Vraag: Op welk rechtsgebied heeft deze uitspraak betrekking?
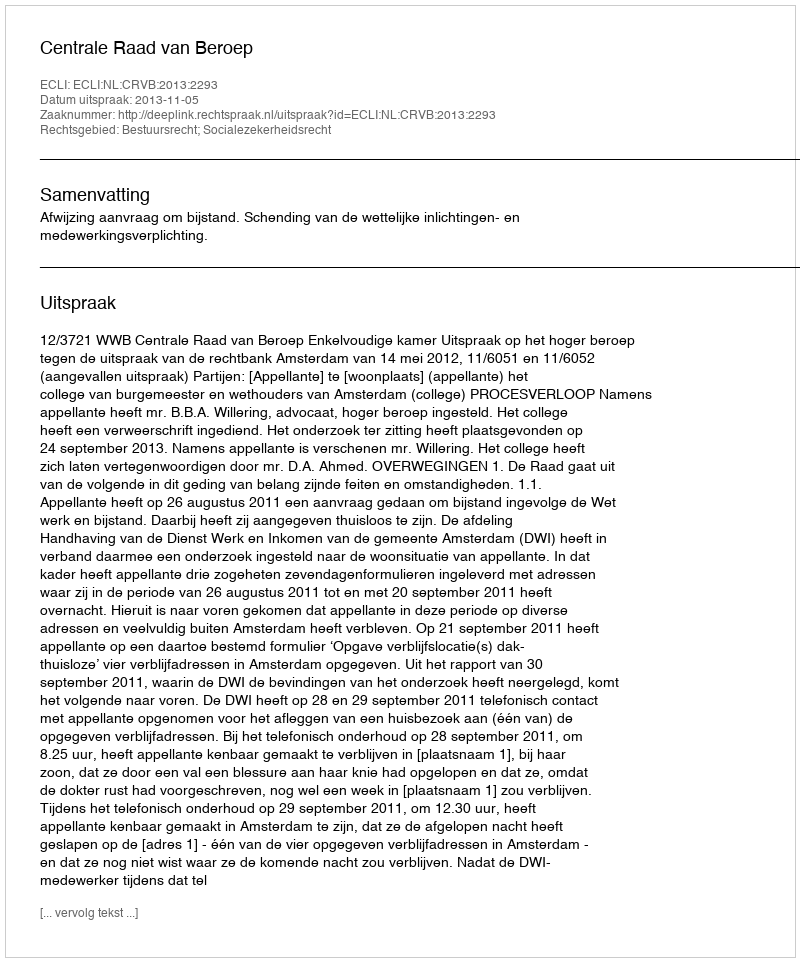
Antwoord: Bestuursrecht; Socialezekerheidsrecht